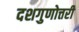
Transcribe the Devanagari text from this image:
दशगुणोत्तरी